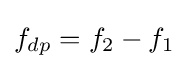
f_{dp}=f_{2}-f_{1}